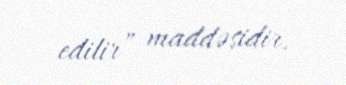
edilir” maddəsidir.